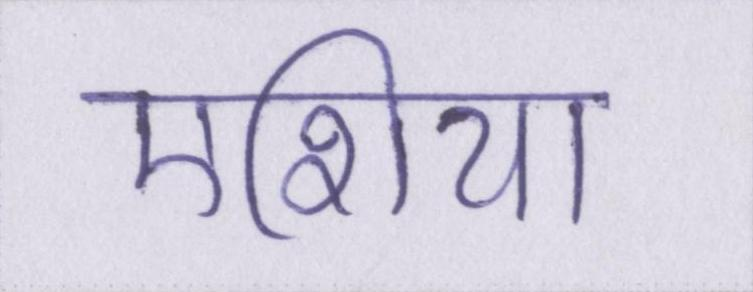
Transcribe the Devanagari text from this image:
एशिया